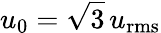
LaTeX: u_{0}=\sqrt{{3}}\, u_{\mathrm{rms}}